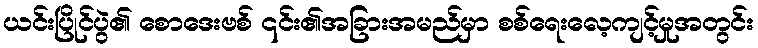
ယင်းပြိုင်ပွဲ၏ စောဒေးဗစ် ၎င်း၏အခြားအမည်မှာ စစ်ရေးလေ့ကျင့်မှုအတွင်း